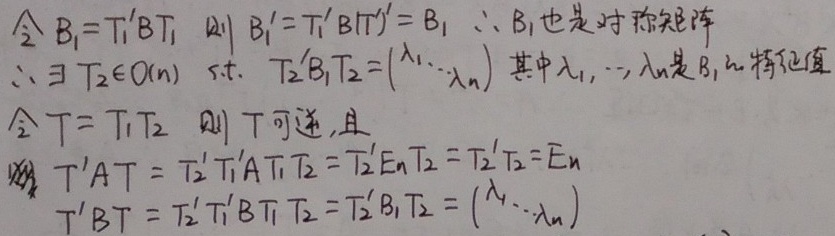
令 \(B_{1}=T_{1}'BT_{1}\)，则 \(B_{1}' = T_{1}'BT_{1}'=B_{1}\)。
\(\therefore B_{1}\)也是对称矩阵。
\(\therefore \exists T_{2}\in O(n)\) s.t. \(T_{2}'B_{1}T_{2}=\begin{pmatrix}\lambda_{1}& & \\ &\ddots& \\ & &\lambda_{n}\end{pmatrix}\)，其中\(\lambda_{1},\cdots,\lambda_{n}\)是\(B_{1}\)的特征值。
令 \(T = T_{1}T_{2}\)，则 \(T\)可逆，且
\(T'AT = T_{2}'T_{1}'AT_{1}T_{2}=T_{2}'E_{n}T_{2}=T_{2}'T_{2}=E_{n}\)
\(T'BT = T_{2}'T_{1}'BT_{1}T_{2}=T_{2}'B_{1}T_{2}=\begin{pmatrix}\lambda_{1}& & \\ &\ddots& \\ & &\lambda_{n}\end{pmatrix}\)